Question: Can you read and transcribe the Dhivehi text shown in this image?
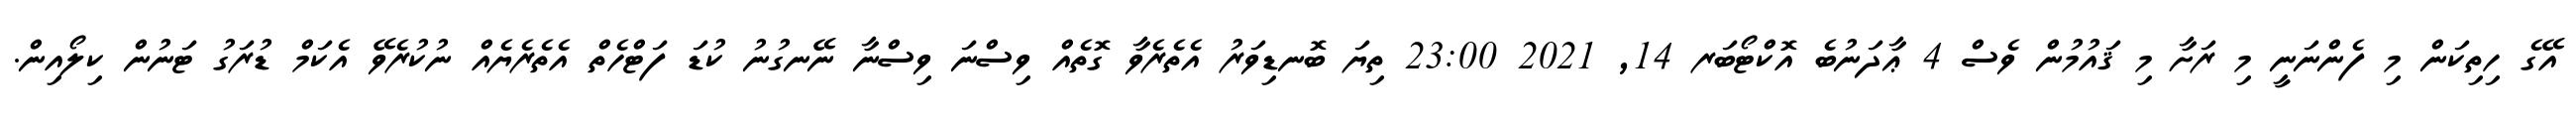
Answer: އޭގެ ހިތިކަން މި ފެންނަނީ މި ރަށާ މި ޤައުމުން ވެސް 4 ޢާދަނުބެ އޮކްޓޯބަރ 14, 2021 23:00 ތިޔަ ބޮނޑިވަރު އެތެރެވާ ގޮތެއް ވިސްނަ ވިސްނާ ނޭނގުނު ކުޑަ ފަޓްހެތް އެތެރެޔެއް ނުކުރެވޭ އެކަމް ޑުރަގު ޓަނުން ކިލޯއިން.